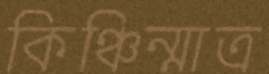
কিঞ্চিন্মাত্র